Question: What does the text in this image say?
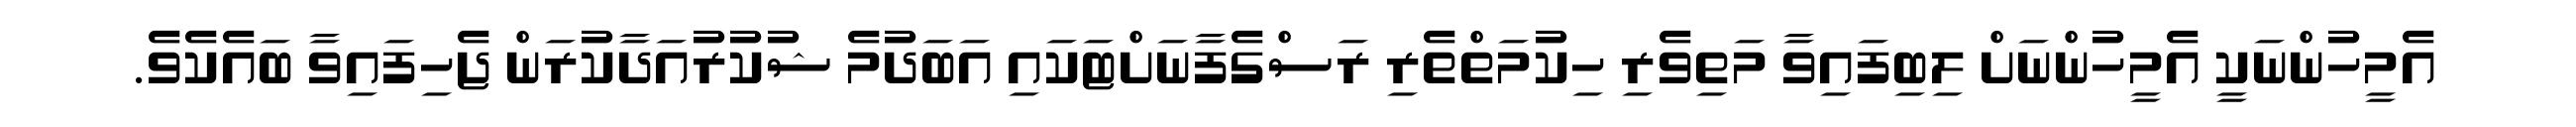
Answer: އެމީހުންނަކީ އެމީހުންނަށް ލިބިފައިވާ މަތިވެރި ހިކުމަތްތެރި ރަސްގެފާނަށްޓަކައި އަބަދުމެ ޝުކުރުއަދާކުރަން ޖެހިފައިވާ ބައެކެވެ.